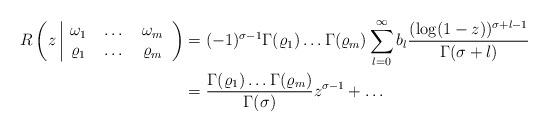
LaTeX: \begin{align*}R\left( z\,\,\vline\begin{tabular}{ccc}$\omega_1$ & $\dots$ & $\omega_m$ \\$\varrho_1$ & $\dots$ & $\varrho_m$ \end{tabular} \right)&=(-1)^{\sigma-1}\Gamma(\varrho_1)\dots\Gamma(\varrho_m)\sum^\infty_{l=0}b_l\frac{(\log(1-z))^{\sigma+l-1}}{\Gamma(\sigma+l)} \\&=\frac{\Gamma(\varrho_1)\dots\Gamma(\varrho_m)}{\Gamma(\sigma)}z^{\sigma-1}+\dots\end{align*}